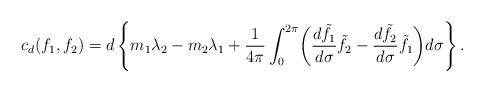
LaTeX: \begin{align*}c_d ( f_1 , f_2 ) = d\left\{ m_1 \lambda_2 - m_2 \lambda_1 + \frac{1}{4 \pi} \int_0^{2 \pi} \biggl( \frac{d \tilde{f}_1}{d \sigma} \tilde{f}_2 - \frac{d \tilde{f}_2}{d \sigma} \tilde{f}_1 \biggr) d \sigma \right\}. \end{align*}